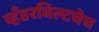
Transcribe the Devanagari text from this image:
व्हँडरबिल्टचेच